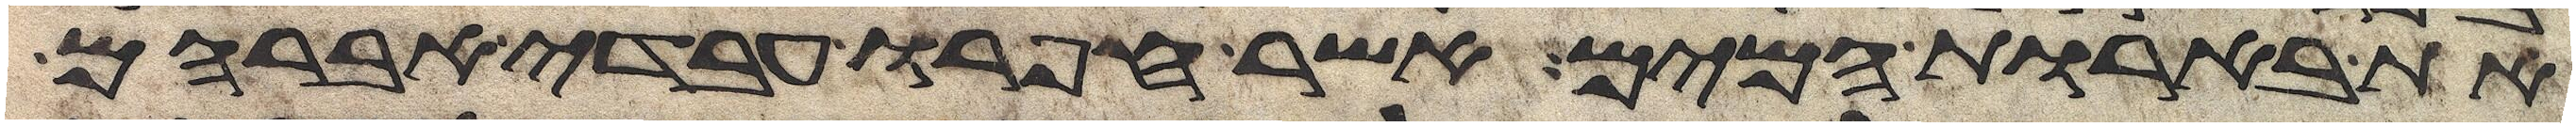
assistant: את בארות המים אשר חפרו עבדי אברהם